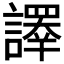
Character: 𧬳